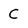
Character: C